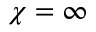
\chi = \infty